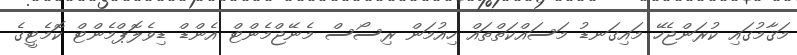
މަޤާމުގައި ކުރަންޖެހޭ މައިގަނޑު މަސައްކަތްތައް ހިއުމަން ރިސޯސް މެނޭޖްމެންޓް އެންޑް ޑިވެލޮޕްމެންޓް ކޮމެޓީގެ